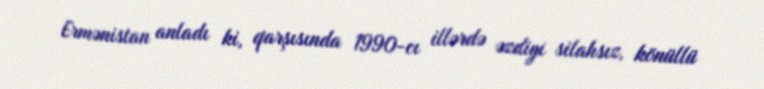
Ermənistan anladı ki, qarşısında 1990-cı illərdə əzdiyi silahsız, könüllü